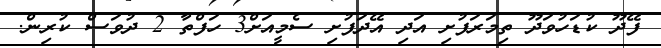
ފޭދޫ ކުޑަހުވަދޫ ތިމަރަފުށި އަދި އޭދަފުށި ސެމީއަށް3 ހަފްތާ 2 ދުވަސް ކުރިން.